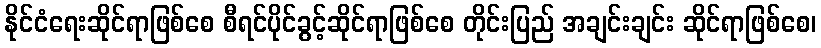
နိုင်ငံရေးဆိုင်ရာဖြစ်စေ စီရင်ပိုင်ခွင့်ဆိုင်ရာဖြစ်စေ တိုင်းပြည် အချင်းချင်း ဆိုင်ရာဖြစ်စေ၊